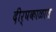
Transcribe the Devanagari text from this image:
दीर्घकाळात